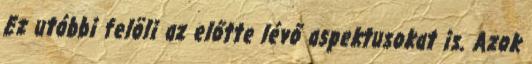
Ez utóbbi felöli az előtte lévő aspektusokat is. Azok